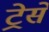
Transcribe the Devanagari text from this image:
ट्रेसे